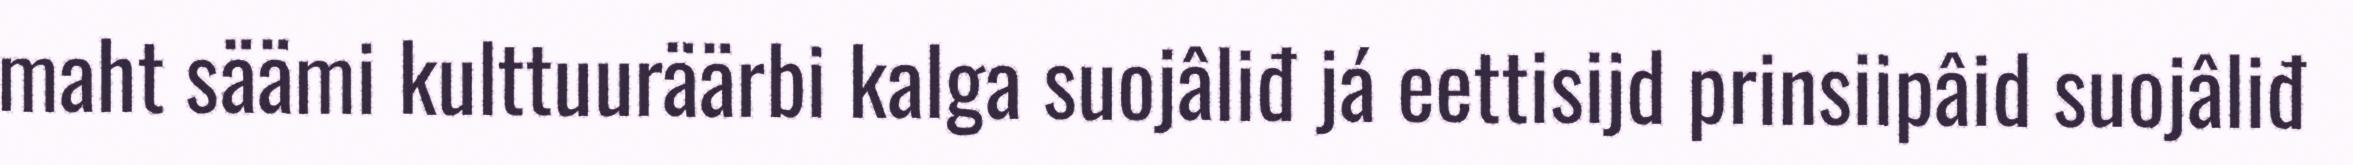
maht säämi kulttuuräärbi kalga suojâliđ já eettisijd prinsiipâid suojâliđ